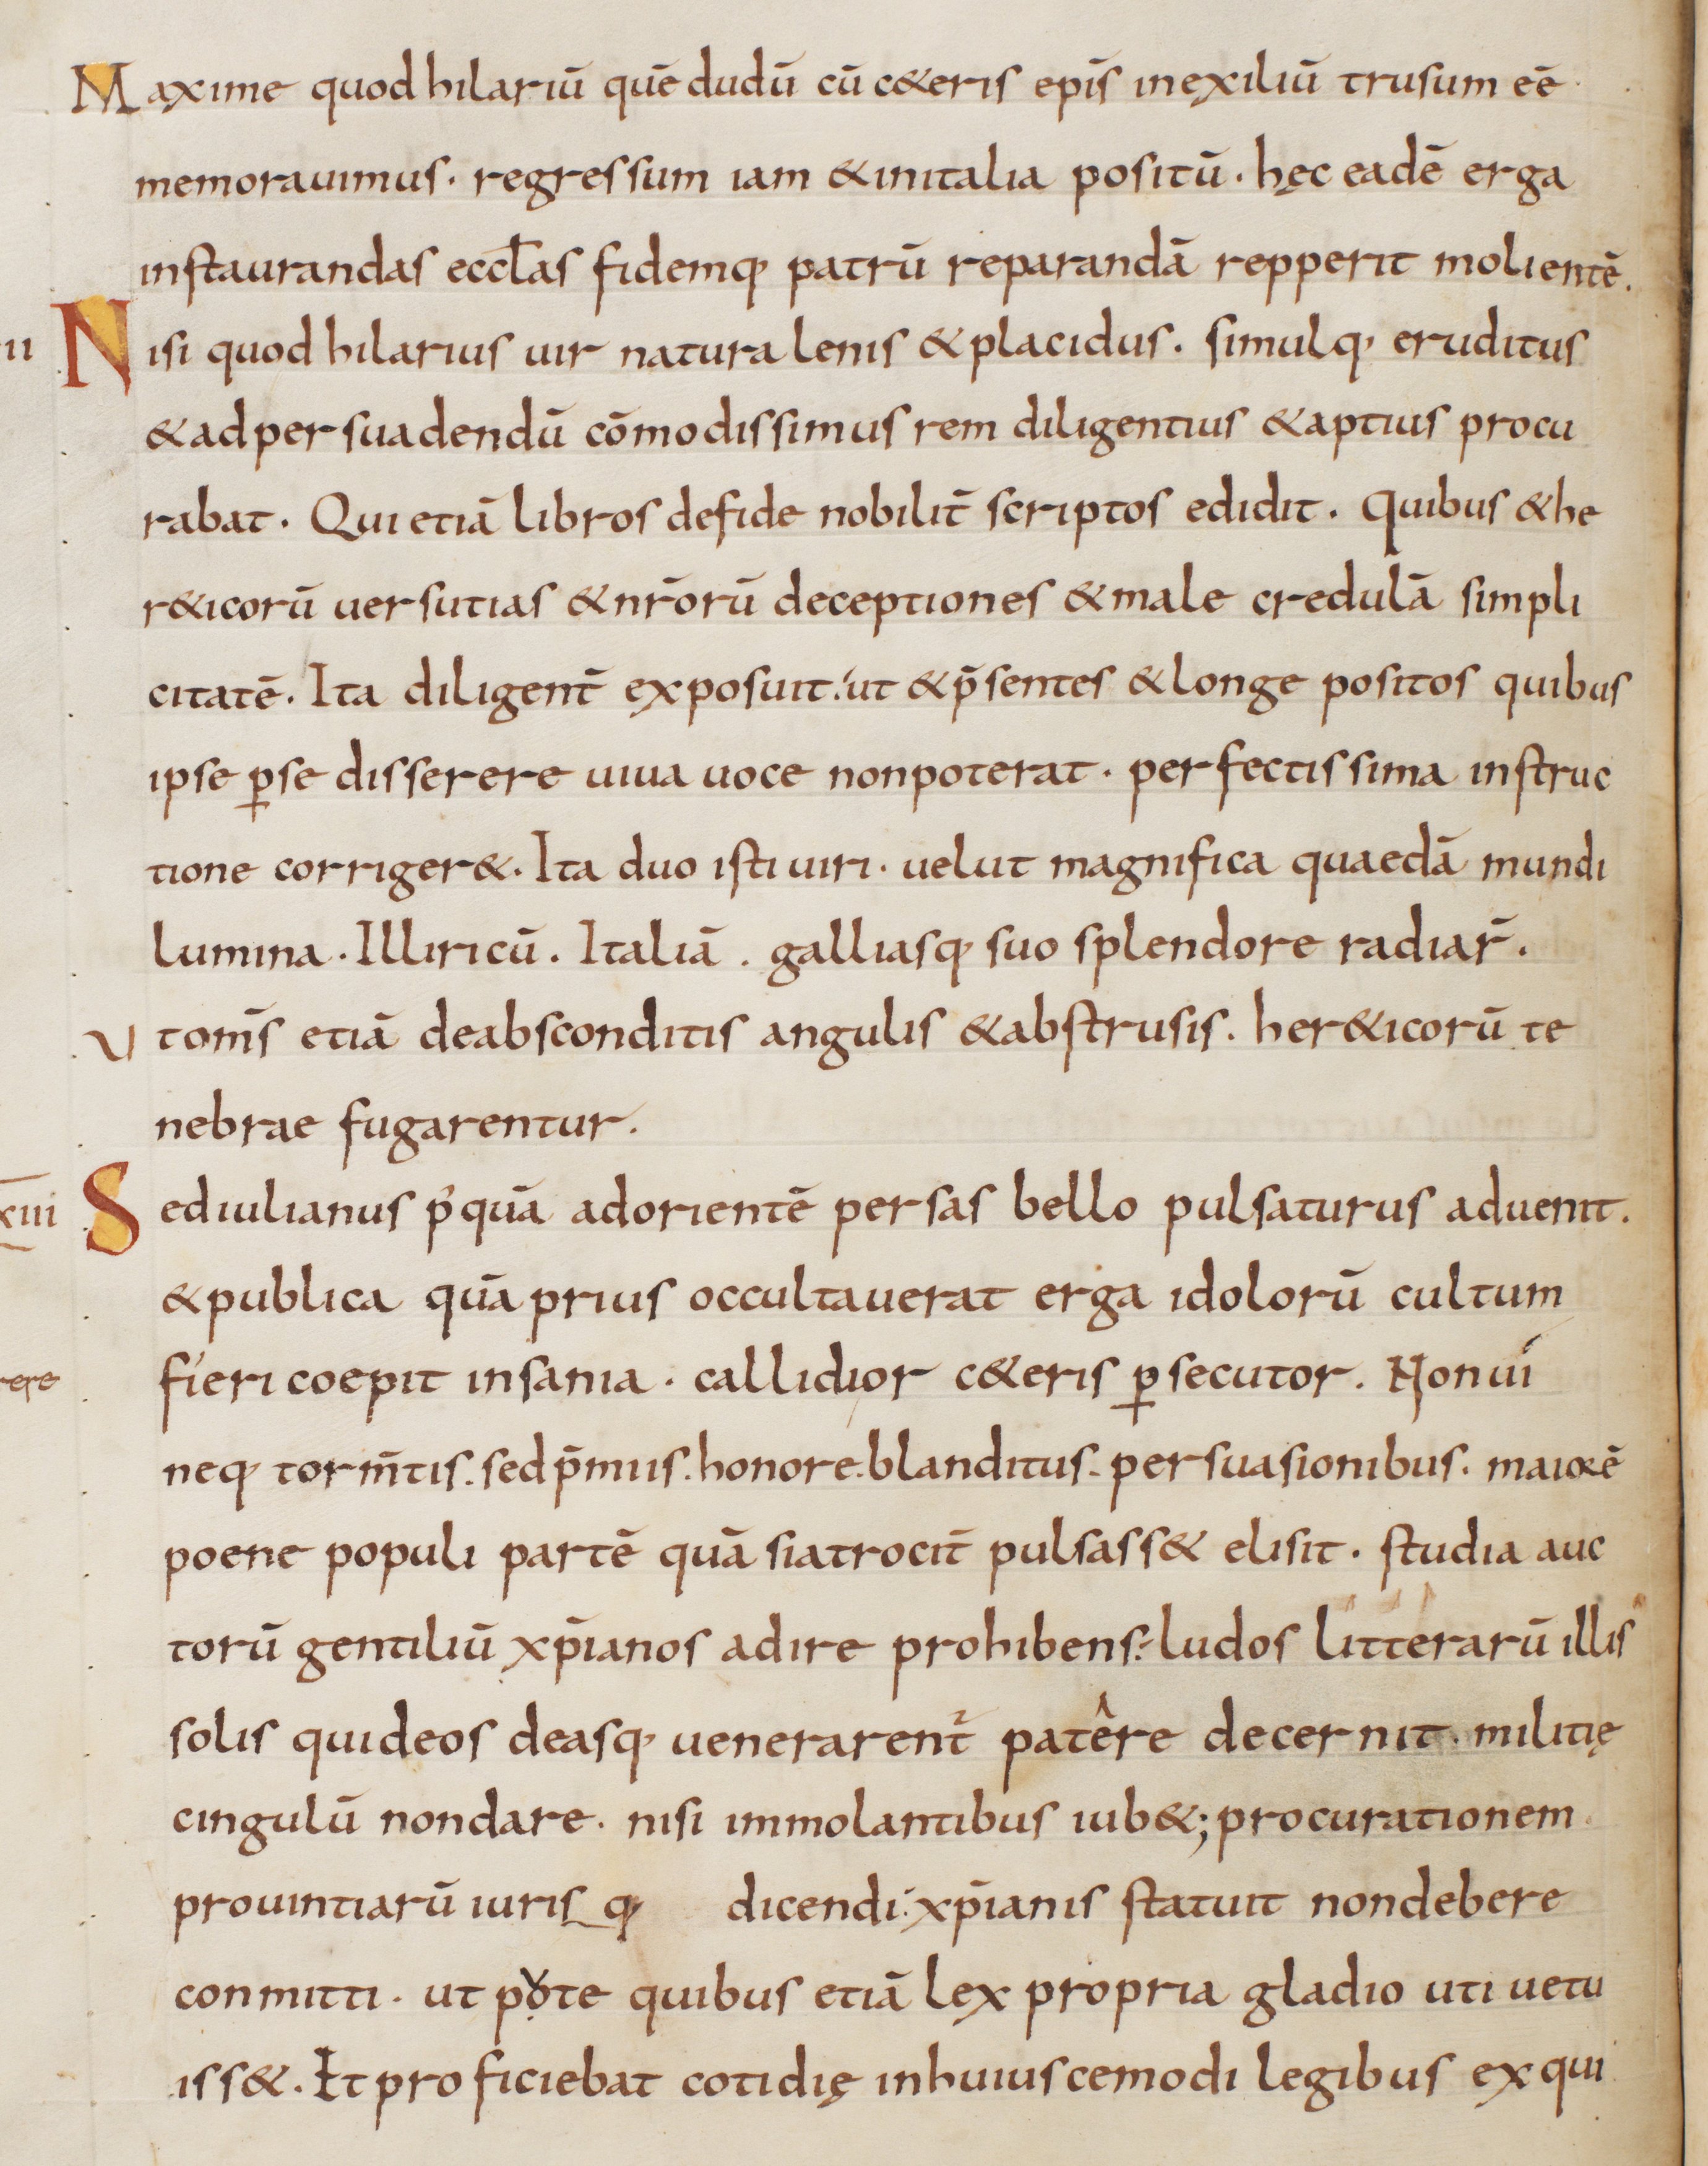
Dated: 833–865